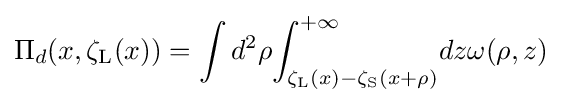
{\Pi _{d}(x,{\zeta _{\text{L}}(x)})}=\int d^{2}\rho {\int _{\zeta _{\text{L}}(x)-\zeta _{\text{S}}(x+\rho )}^{+\infty }}dz\omega (\rho ,z)